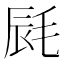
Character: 𣭽